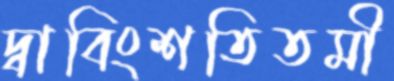
দ্বাবিংশতিতমী